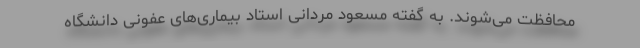
محافظت می‌شوند. به گفته مسعود مردانی استاد بیماری‌های عفونی دانشگاه